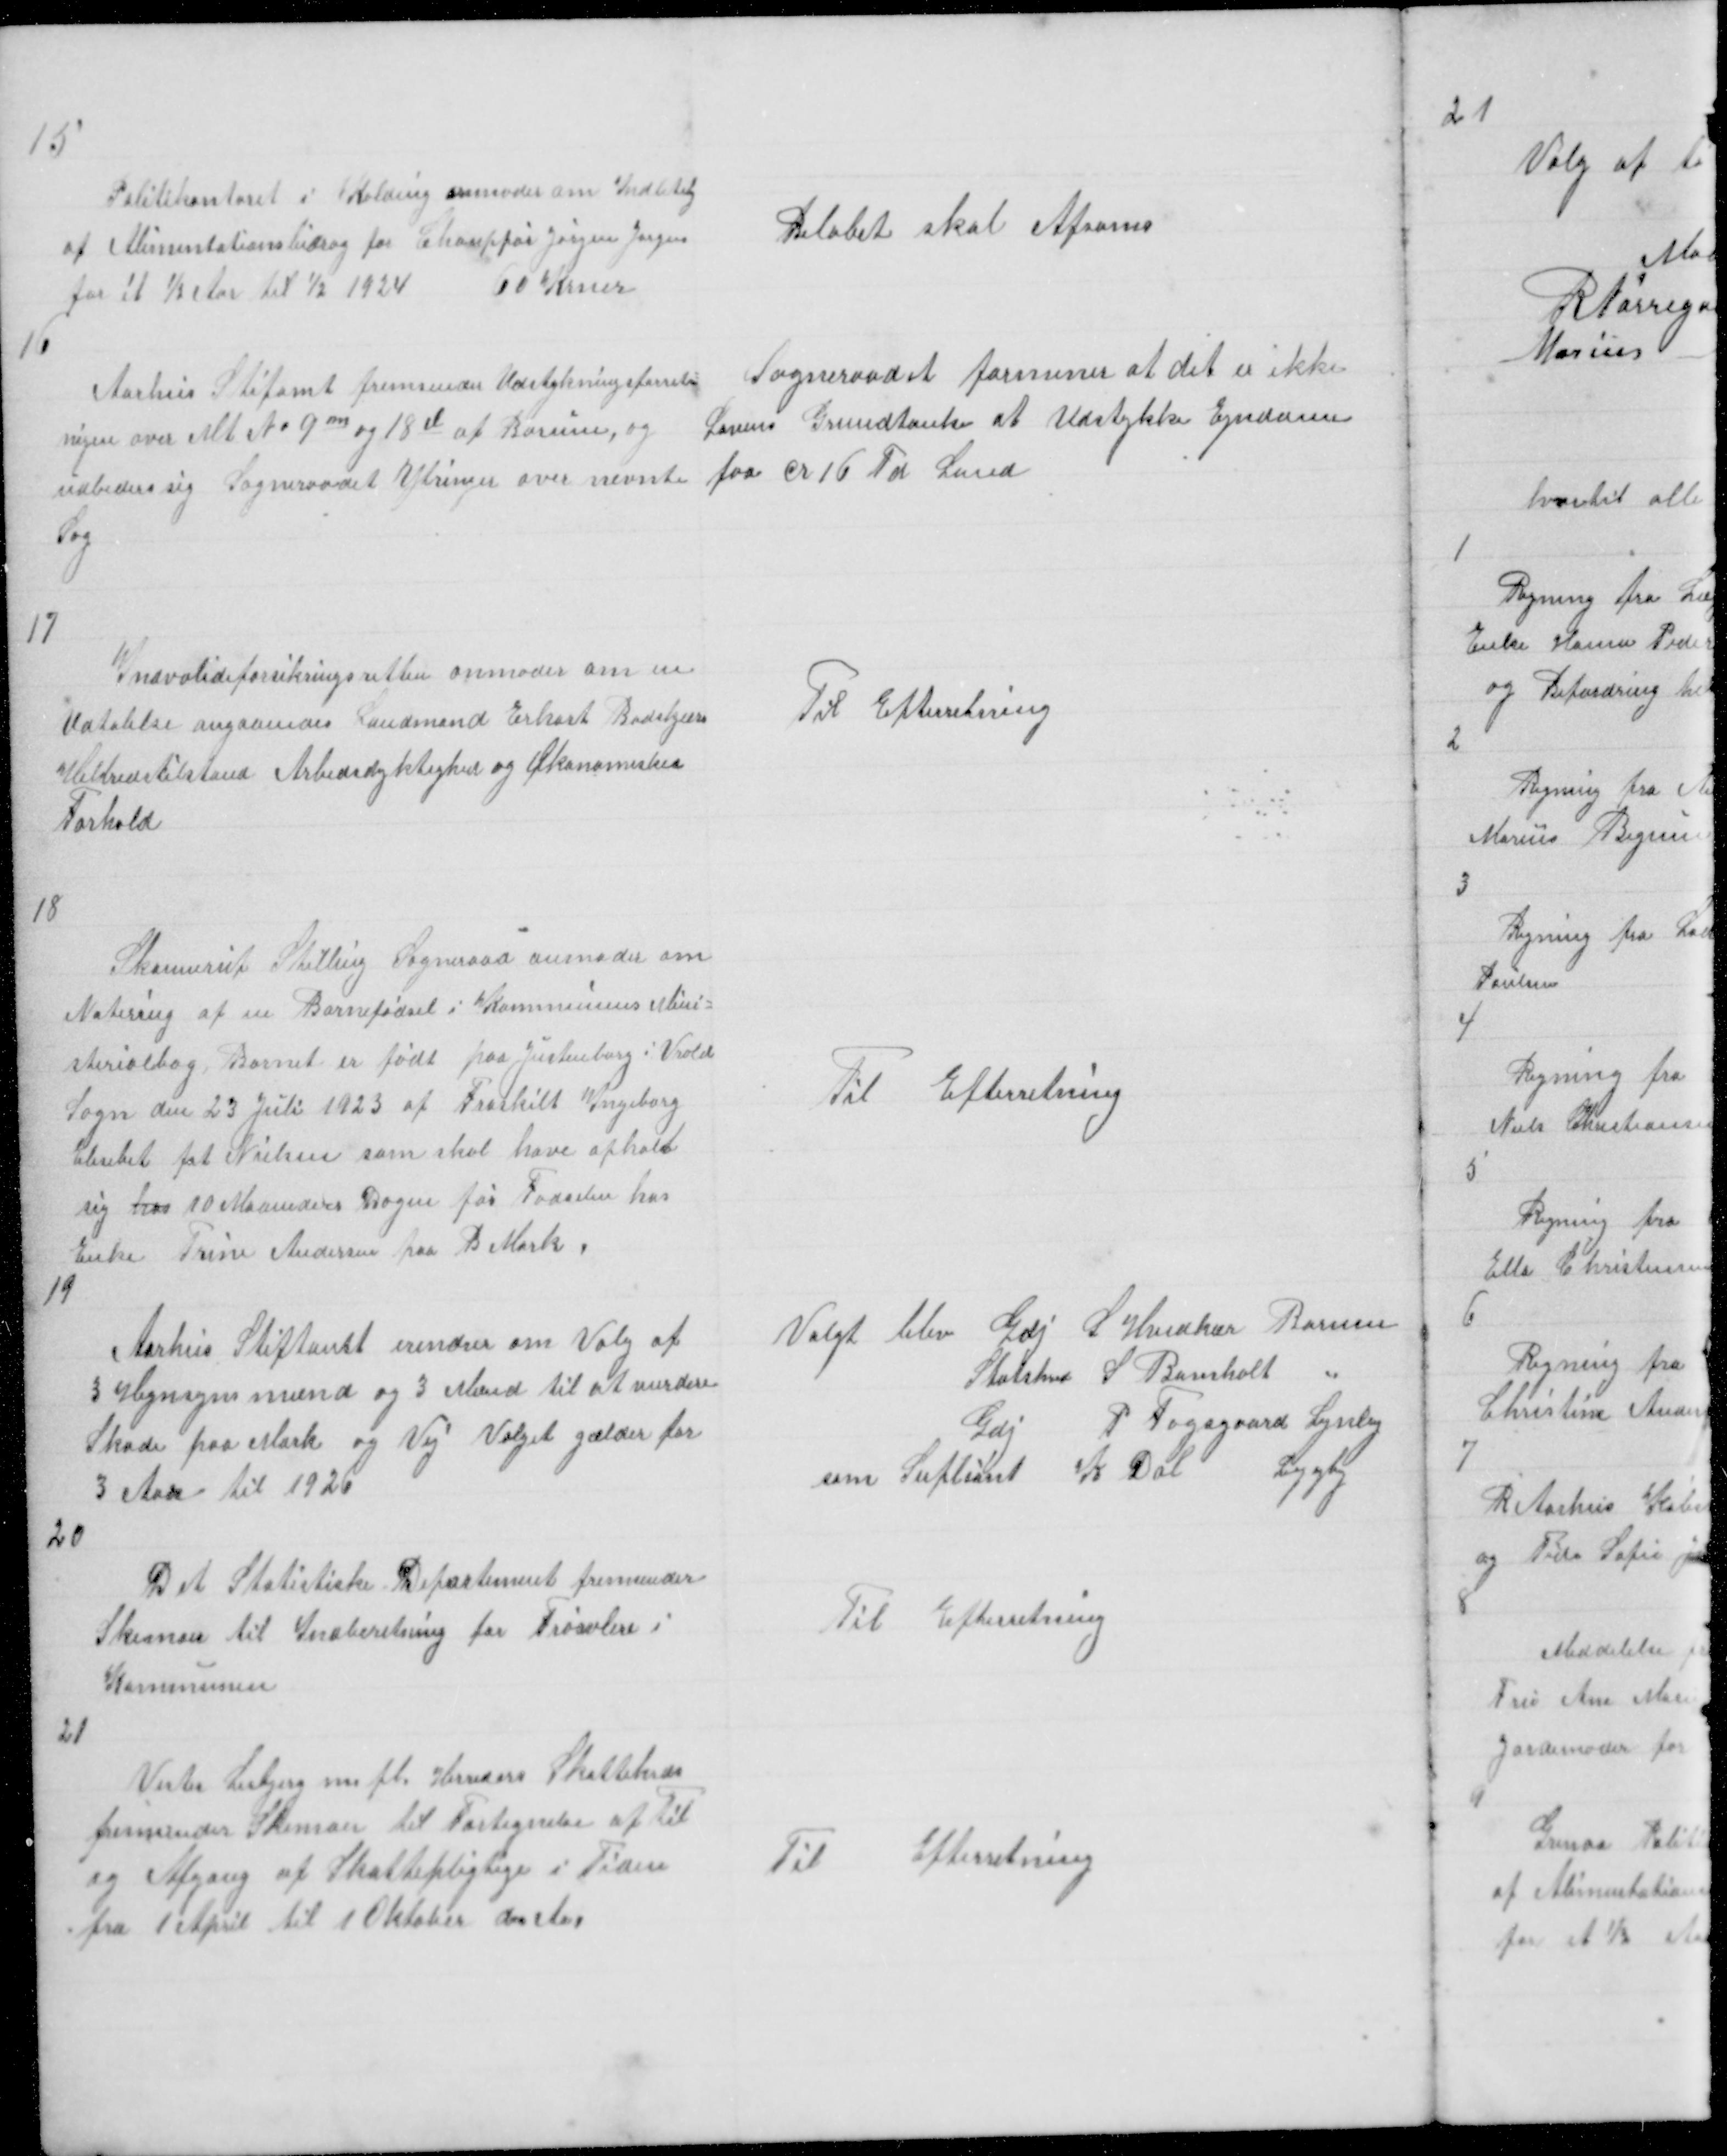
Transskription:
15

Politikontoret i Kolding anmoder om Indbetalg
af Alimentationsbidrag for Chauffør Jørgen Jørgns
for et ½ Aar til 1/2 1924
60 Krner

Beløbet skal afsones

16

Aarhus Stiftamt fremsender Udstykningsforret=
nigen over Mt № 9 m og 18 d af Borum, og
udbeder sig Sogneraadet Ytringer over nevnte
Sag

Sogneraadet formener at det er ikke
Lovens Grundtanke at Udstykke Ejndome
paa cr 16 Td Land

17

Indvalideforsikringsretten anmoder om en
Udtalelse angaaendes Landmand Erhart Badskjærs
Helbredstilstand Arbedsdyktighed og Økonomiskes
Forhold

Til Efterretning

18

Skannerup Stilling Sogneraad anmoder om
Notering af en Barnefødsel i Kommunens Mini=
sterialbog Barnet er født paa Justenborg i Vrold
Sogn den 23 Juli 1923 af Fraskilt Ingeborg
Elsebet føt Nielsen som skal have opholt
sig hos 10 Maaneders Dagen før Fødselen hos
Enke Trine Andersen paa B Mark.

Til Efterretning

19

Aarhus stiftamt erindrer om Valg af
3 Hegnsynsmænd og 3 Mænd til at vurdere
Skade paa Mark og Vej Valget gælder for
3 Aar til 1926

Valgt blev Gdj L Hvidkær Borum
Statshmd S Bomholt "
Gdj P Fogsgaard Lyngby
som Supliant K Dal Lyngby

20

Det Statistiske Departement fremsender
Skema til Indberetning for Frøavlere i
Kommunen

Til Efterretning

21
Vester Lisbjerg m. fl. Herreders Skattekrds
fremsender Skemaer til Fortegnelse af til
og Afgang af Skattepligtige i Tiden
fra 1 April til 1 Oktober d. A

Til
Efterretning